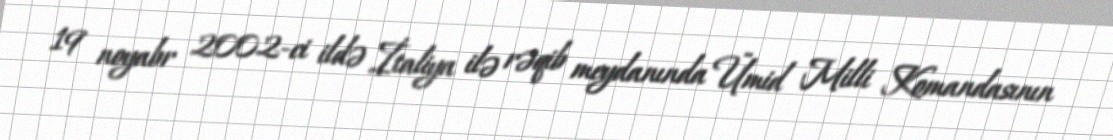
19 noyabr 2002-ci ildə İtaliya ilə rəqib meydanında Ümid Milli Komandasının